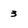
Character: 3